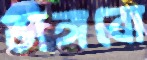
ভাঙ্গবো